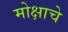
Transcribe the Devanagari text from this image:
मोक्षाचे